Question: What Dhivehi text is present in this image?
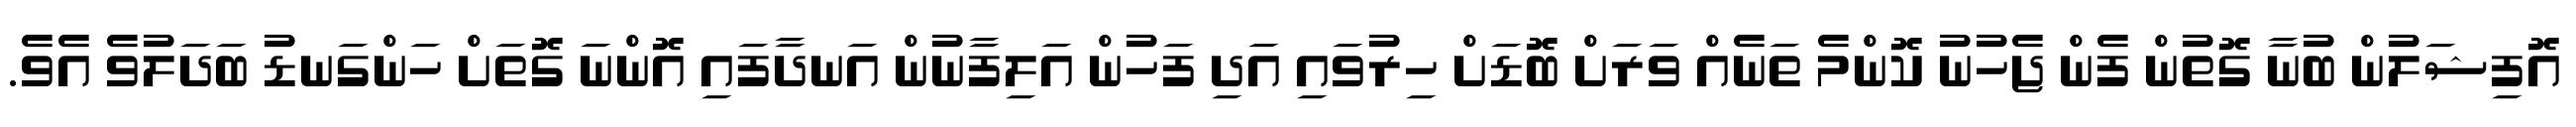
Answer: އޮފިޝަލުން ބުނާ ގޮތުން ފެން ޖެހުނު ކޮންމެ ތަނެއް ވަރަށް ބޮޑަށް ހިރުވައި އަދި ފަހުން އަލިފާނުން އަނދާފައި އޮންނަ ގޮތަށް ހަންގަނޑު ބަދަލުވެ އެވެ.